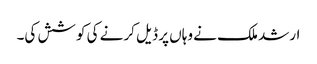
ارشد ملک نے وہاں پر ڈیل کرنے کی کوشش کی۔